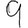
Digit: 9